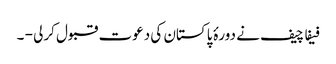
فیفا چیف نے دورۂ پاکستان کی دعوت قبول کرلی - ۔